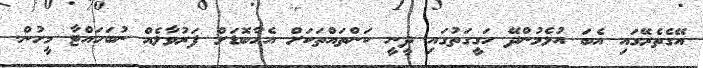
އޭގެތެރޭގައި އެބަ އުޅެމުންދޭ ހަގީގަތުގައި ދީނީ ކަންތައްތަކަށް އެހާބޮޑަށް ފަރުވާލެއް ނުބަހައްޓާ މީހުން.